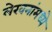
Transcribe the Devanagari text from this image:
लेखनांमध्ये